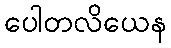
ပေါတလိယေန